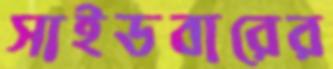
সাইডবারের